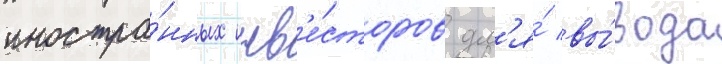
иностра́нных инв'е́сторов дл'я́ вы́вода